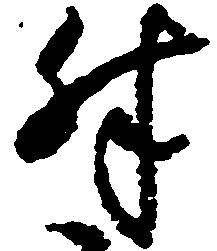
殊